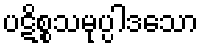
ပဋိစ္စသမုပ္ပါဒသော